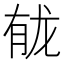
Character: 𫜲